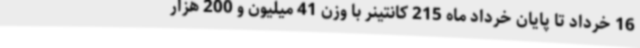
16 خرداد تا پایان خرداد ماه 215 کانتینر با وزن 41 میلیون و 200 هزار